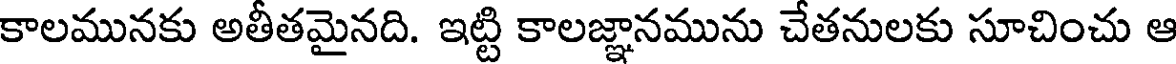
కాలమునకు అతీతమైనది. ఇట్టి కాలజ్ఞానమును చేతనులకు సూచించు ఆ